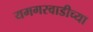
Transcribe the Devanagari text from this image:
यमगरवाडीच्या